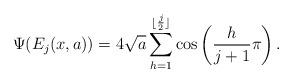
LaTeX: \begin{align*} \Psi(E_j(x, a)) &= 4\sqrt{a} \sum_{h = 1}^{\lfloor\frac{j}{2}\rfloor}\cos\left(\frac{h}{j+1}\pi\right) . \end{align*}